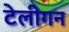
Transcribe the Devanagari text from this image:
टेलीगन